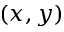
( x , y )